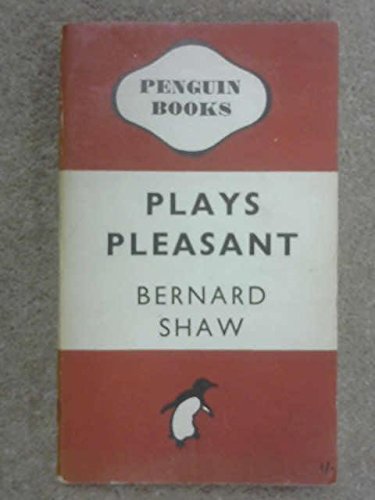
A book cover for Plays Pleasant: Arms And The Man Candida The Man Of Destiny You Never Can Tell (Penguin plays & screenplays); George Bernard Shaw; Health, Fitness & Dieting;